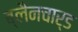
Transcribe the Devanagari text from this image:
ब्लैनचार्ड